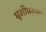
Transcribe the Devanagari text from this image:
घुशींवरील